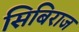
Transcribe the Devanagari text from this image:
सिबिराज